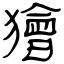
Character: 獪